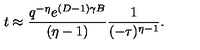
t \approx \frac { q ^ { - \eta } e ^ { ( D - 1 ) \gamma B } } { ( \eta - 1 ) } \frac { 1 } { ( - \tau ) ^ { \eta - 1 } } .